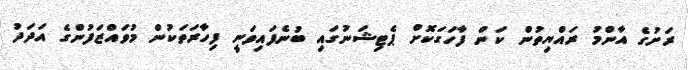
ރަށުގެ އާންމު ރައްޔިތުން ކަން ފާހަގަކޮށް ޕެޓިޝަނުގައި ބުނެފައިވަނީ ފިހާރަތަކުން މުވައްޒަފުންގެ އަދަދު